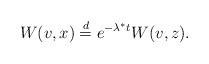
LaTeX: \begin{align*}W(v,x)\stackrel{d}{=}e^{-\lambda^*t}W(v,z).\end{align*}